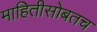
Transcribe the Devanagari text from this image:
माहितीसोबतच